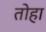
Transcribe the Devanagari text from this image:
तोहा